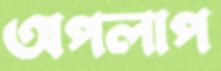
অপলাপ